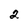
Character: 2